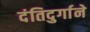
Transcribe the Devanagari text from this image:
दंतिदुर्गाने